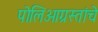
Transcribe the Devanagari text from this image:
पोलिओग्रस्तांचे